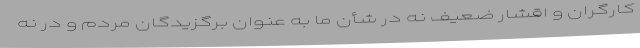
کارگران و اقشار ضعیف نه در شأن ما به عنوان برگزیدگان مردم و در نه